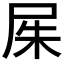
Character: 𡱖